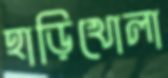
হাড়িখোলা